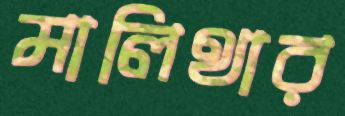
মালিথার